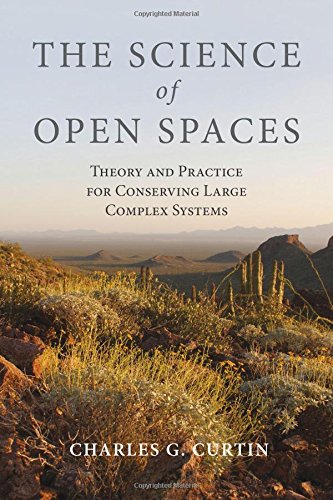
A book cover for The Science of Open Spaces: Theory and Practice for Conserving Large, Complex Systems; Charles  G. Curtin; Science & Math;